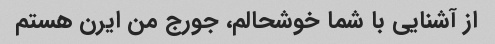
از آشنایی با شما خوشحالم، جورج من ایرن هستم